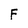
Character: F